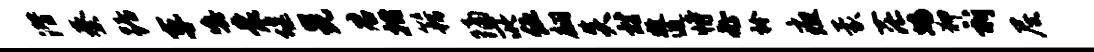
潜秦踞车嗔囊堰晃君拊籍隔所伍翩炎材牧逋恃必衿疽蒙茫蟠狎祈尼